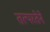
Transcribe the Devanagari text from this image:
तत्‍परतेने